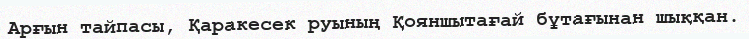
Арғын тайпасы, Қаракесек руының Қояншытағай бұтағынан шыққан.